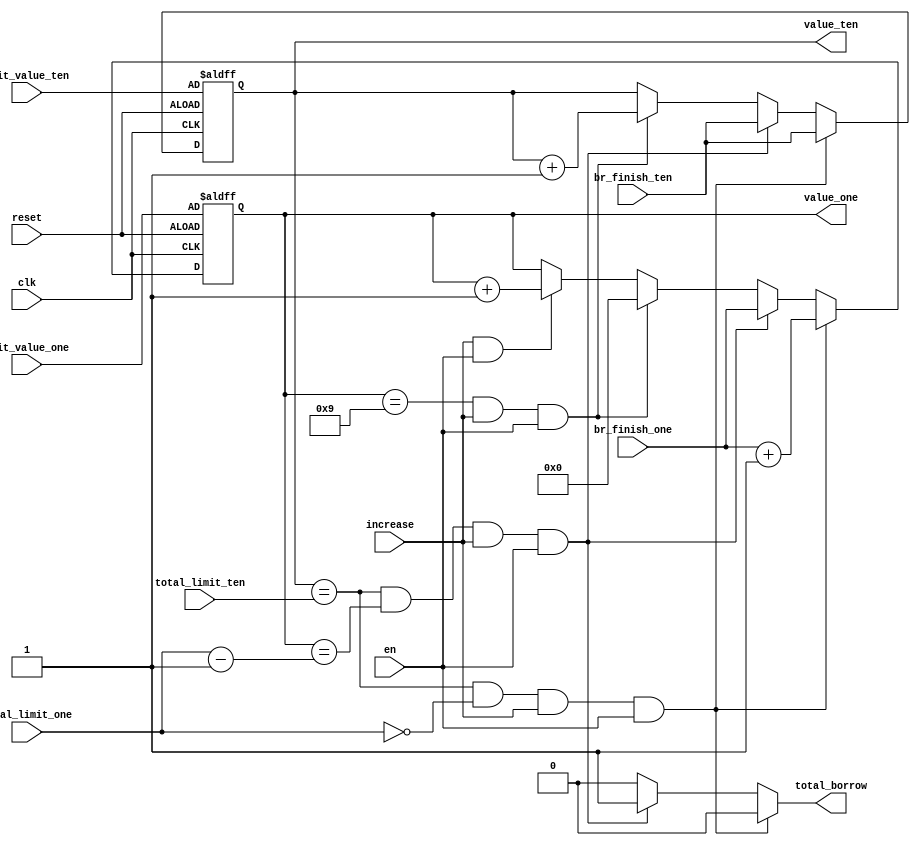
module oddlimit_two_digit_up_counter(
    output [3:0] value_ten,
    output [3:0] value_one,
    output total_borrow,
    input clk,
    input reset,
    input increase,
    input [3:0] total_limit_ten,
    input [3:0] total_limit_one,
    input [3:0] init_value_ten,
    input [3:0] init_value_one,
    input [3:0] br_finish_ten,
    input [3:0] br_finish_one,
    input en
);

    reg [3:0] value_ten, value_ten_tmp;
    reg [3:0] value_one, value_one_tmp;
    reg total_borrow;

    always @(total_limit_ten or total_limit_one or value_ten or value_one or increase or en)
    begin
        if (value_ten == total_limit_ten && total_limit_one == 4'd0 && increase && en)
            begin
                value_ten_tmp = br_finish_ten;
                value_one_tmp = br_finish_one + 4'd1;
                total_borrow = 0;
            end
        else if (value_ten == total_limit_ten && value_one == total_limit_one - 4'd1 && increase && en)
            begin
                value_ten_tmp = br_finish_ten;
                value_one_tmp = br_finish_one;
                total_borrow = 1;
            end
        else if (value_one == 4'd9 && increase && en)
            begin
                value_one_tmp = 4'd0;
                value_ten_tmp =  value_ten + 4'd1;
                total_borrow = 0;
            end
        else if (increase && en)
            begin
                value_one_tmp = value_one + 4'd1;
                value_ten_tmp =  value_ten;
                total_borrow = 0;
            end
        else if (en)
            begin
                value_one_tmp = value_one;
                value_ten_tmp =  value_ten;
                total_borrow = 0;
            end
        else
            begin
                value_one_tmp = value_one;
                value_ten_tmp =  value_ten;
                total_borrow = 0;
            end
    end

    always @(posedge clk or negedge reset)
    begin
        if(~reset)
            begin
                value_ten <= init_value_ten;
                value_one <= init_value_one;
            end
        else
            begin
                value_one <= value_one_tmp;
                value_ten <= value_ten_tmp;
            end
    end

endmodule